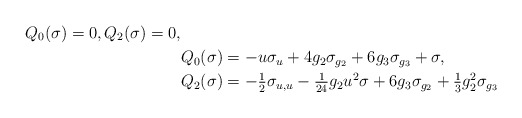
\begin{align*}Q_0 (\sigma) = 0,Q_2 (\sigma) = 0, \\ &Q_0(\sigma) = -u \sigma_u + 4g_2 \sigma_{g_2} + 6g_3 \sigma_{g_3} + \sigma , \\ &Q_2(\sigma) = -\tfrac{1}{2}\sigma_{u,u} - \tfrac{1}{24} g_2 u^2 \sigma + 6 g_3 \sigma_{g_2} + \tfrac{1}{3} g_2^2 \sigma_{g_3} \end{align*}